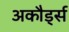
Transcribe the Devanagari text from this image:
अकौर्ड्स